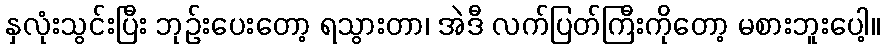
နှလုံးသွင်းပြီး ဘုဉ်းပေးတော့ ရသွားတာ၊ အဲဒီ လက်ပြတ်ကြီးကိုတော့ မစားဘူးပေါ့။